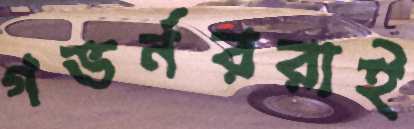
গভর্নররাই